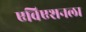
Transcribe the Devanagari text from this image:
एविएशनला